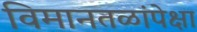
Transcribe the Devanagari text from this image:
विमानतळांपेक्षा